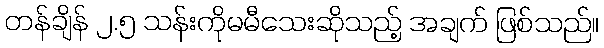
တန်ချိန် ၂.၅ သန်းကိုမမီသေးဆိုသည့် အချက် ဖြစ်သည်။